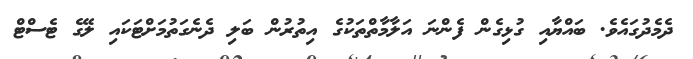
ދެމެދުގައެވެ. ބައްޔާއި ގުޅިގެން ފެންނަ އަލާމާތްތަކުގެ އިތުރުން ބަލި ދެނެގަތުމަށްޓަކައި ލޭގެ ޓެސްޓް